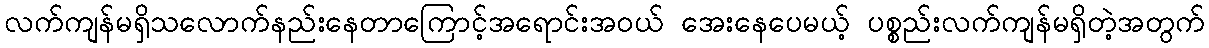
လက်ကျန်မရှိသလောက်နည်းနေတာကြောင့်အရောင်းအဝယ် အေးနေပေမယ့် ပစ္စည်းလက်ကျန်မရှိတဲ့အတွက်